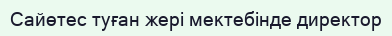
Сайөтес туған жері мектебінде директор